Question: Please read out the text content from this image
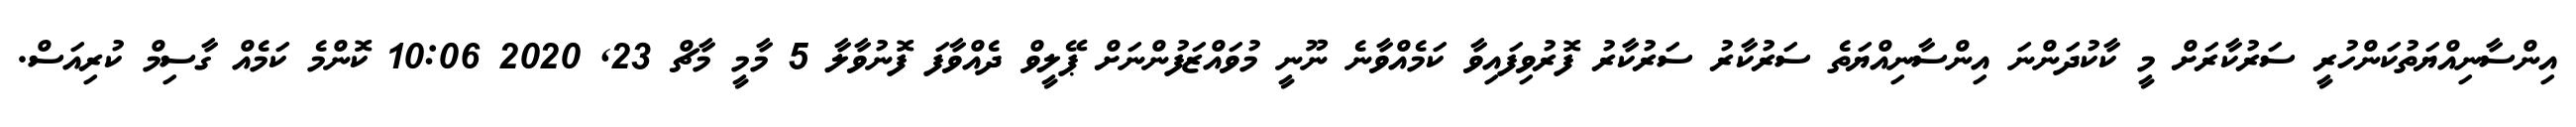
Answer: އިންސާނިއްޔަތުކަންހުރީ ސަރުކާރަށް މީ ކާކުދަންނަ އިންސާނިއްޔަތެ ސަރުކާރު ސަރުކާރު ފޮރުވިފައިވާ ކަމެއްވާނެ ނޫނީ މުވައްޒަފުންނަށް ޕޭލީވް ދެއްވާފަ ފޮނުވާލާ 5 މާމީ މާޗް 23, 2020 10:06 ކޮންމެ ކަމެއް ގާސިމް ކުރިއަސް.